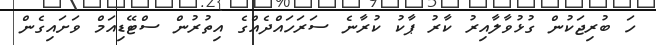
ހަ ބުރިޖަކުން ގުޅުވާލާއިރު ކާރު ޕާކު ކުރާނެ ސަރަހައްދެއްގެ އިތުރުން ސްޓޭޭޑިއަމް ވަށައިގެން